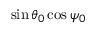
\sin \theta _ { 0 } \cos \psi _ { 0 }